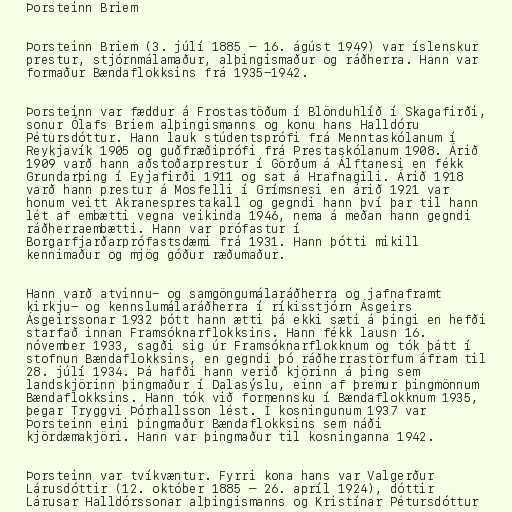
Þorsteinn Briem

Þorsteinn Briem (3. júlí 1885 – 16. ágúst 1949) var íslenskur
prestur, stjórnmálamaður, alþingismaður og ráðherra. Hann var
formaður Bændaflokksins frá 1935-1942.

Þorsteinn var fæddur á Frostastöðum í Blönduhlíð í Skagafirði,
sonur Ólafs Briem alþingismanns og konu hans Halldóru
Pétursdóttur. Hann lauk stúdentsprófi frá Menntaskólanum í
Reykjavík 1905 og guðfræðiprófi frá Prestaskólanum 1908. Árið
1909 varð hann aðstoðarprestur í Görðum á Álftanesi en fékk
Grundarþing í Eyjafirði 1911 og sat á Hrafnagili. Árið 1918
varð hann prestur á Mosfelli í Grímsnesi en árið 1921 var
honum veitt Akranesprestakall og gegndi hann því þar til hann
lét af embætti vegna veikinda 1946, nema á meðan hann gegndi
ráðherraembætti. Hann var prófastur í
Borgarfjarðarprófastsdæmi frá 1931. Hann þótti mikill
kennimaður og mjög góður ræðumaður.

Hann varð atvinnu- og samgöngumálaráðherra og jafnaframt
kirkju- og kennslumálaráðherra í ríkisstjórn Ásgeirs
Ásgeirssonar 1932 þótt hann ætti þá ekki sæti á þingi en hefði
starfað innan Framsóknarflokksins. Hann fékk lausn 16.
nóvember 1933, sagði sig úr Framsóknarflokknum og tók þátt í
stofnun Bændaflokksins, en gegndi þó ráðherrastörfum áfram til
28. júlí 1934. Þá hafði hann verið kjörinn á þing sem
landskjörinn þingmaður í Dalasýslu, einn af þremur þingmönnum
Bændaflokksins. Hann tók við formennsku í Bændaflokknum 1935,
þegar Tryggvi Þórhallsson lést. Í kosningunum 1937 var
Þorsteinn eini þingmaður Bændaflokksins sem náði
kjördæmakjöri. Hann var þingmaður til kosninganna 1942.

Þorsteinn var tvíkvæntur. Fyrri kona hans var Valgerður
Lárusdóttir (12. október 1885 – 26. apríl 1924), dóttir
Lárusar Halldórssonar alþingismanns og Kristínar Pétursdóttur